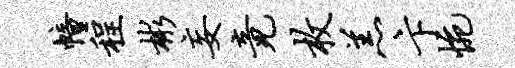
幢程彬妄竟枚羔卞惋